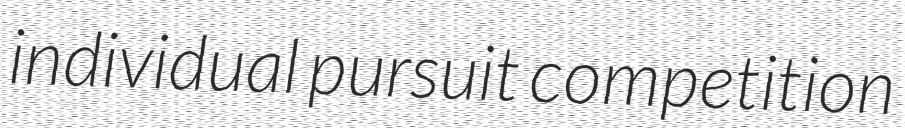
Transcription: individual pursuit competition